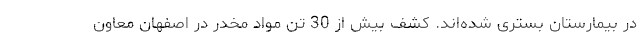
در بیمارستان بستری شده‌اند. کشف بیش از 30 تن مواد مخدر در اصفهان معاون